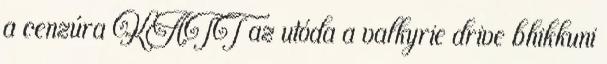
a cenzúra KATT az utóda a valkyrie drive bhikkuni